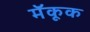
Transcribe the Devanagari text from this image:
मॅकूक